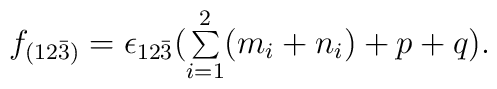
\begin{array}{lcr}f_{(12\bar{3})} = \epsilon_{12\bar{3}}({\sum \limits_{i=1}^{2}(m_i + n_i)}+p+q).\end{array}